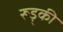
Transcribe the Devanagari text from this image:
रूड़्की